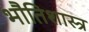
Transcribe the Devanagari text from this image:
भौतिशास्त्र